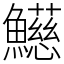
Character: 𩼰